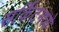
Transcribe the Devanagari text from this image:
सर्किटमध्ये